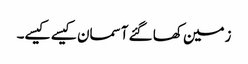
زمین کھا گئے آسمان کیسے کیسے۔